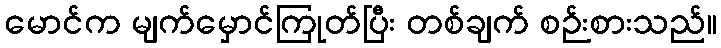
မောင်က မျက်မှောင်ကြုတ်ပြီး တစ်ချက် စဉ်းစားသည်။